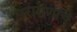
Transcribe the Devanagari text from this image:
परागणाचे